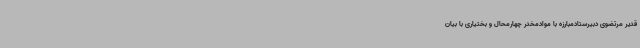
قدیر مرتضوی دبیرستادمبارزه با موادمخدر چهارمحال و بختیاری با بیان